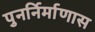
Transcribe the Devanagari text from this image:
पुनर्निर्माणास